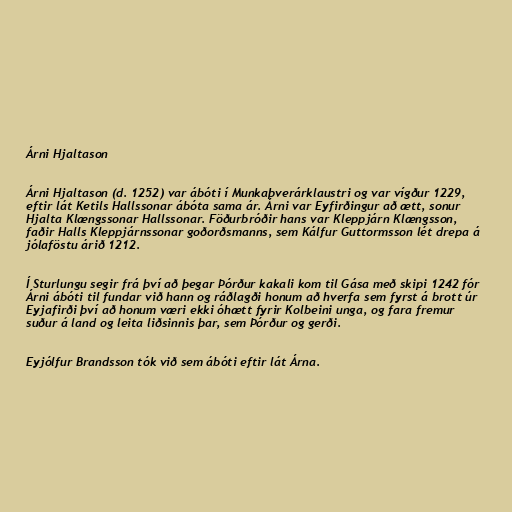
Árni Hjaltason

Árni Hjaltason (d. 1252) var ábóti í Munkaþverárklaustri og var vígður 1229,
eftir lát Ketils Hallssonar ábóta sama ár. Árni var Eyfirðingur að ætt, sonur
Hjalta Klængssonar Hallssonar. Föðurbróðir hans var Kleppjárn Klængsson,
faðir Halls Kleppjárnssonar goðorðsmanns, sem Kálfur Guttormsson lét drepa á
jólaföstu árið 1212.

Í Sturlungu segir frá því að þegar Þórður kakali kom til Gása með skipi 1242 fór
Árni ábóti til fundar við hann og ráðlagði honum að hverfa sem fyrst á brott úr
Eyjafirði því að honum væri ekki óhætt fyrir Kolbeini unga, og fara fremur
suður á land og leita liðsinnis þar, sem Þórður og gerði.

Eyjólfur Brandsson tók við sem ábóti eftir lát Árna.